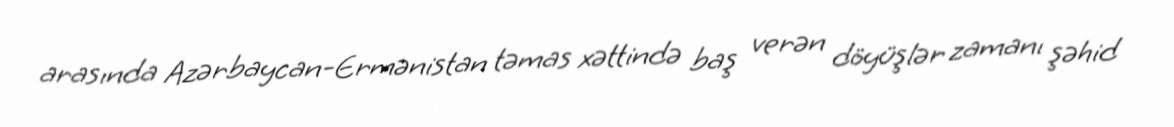
arasında Azərbaycan-Ermənistan təmas xəttində baş verən döyüşlər zamanı şəhid